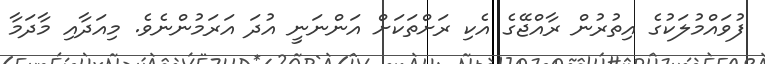
ފުވައްމުލަކުގެ އިތުރުން ރާއްޖޭގެ އެކި ރަށްތަކަށް އަންނަނީ އުދަ އަރަމުންނެވެ. މިއަދާއި މާދަމާ